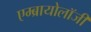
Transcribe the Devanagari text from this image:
एम्ब्रायोलॉजी